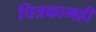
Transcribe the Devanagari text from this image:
चित्रकामही